Vaccination in Bombay 1902-1912 - 1902-1912
Year: 1902
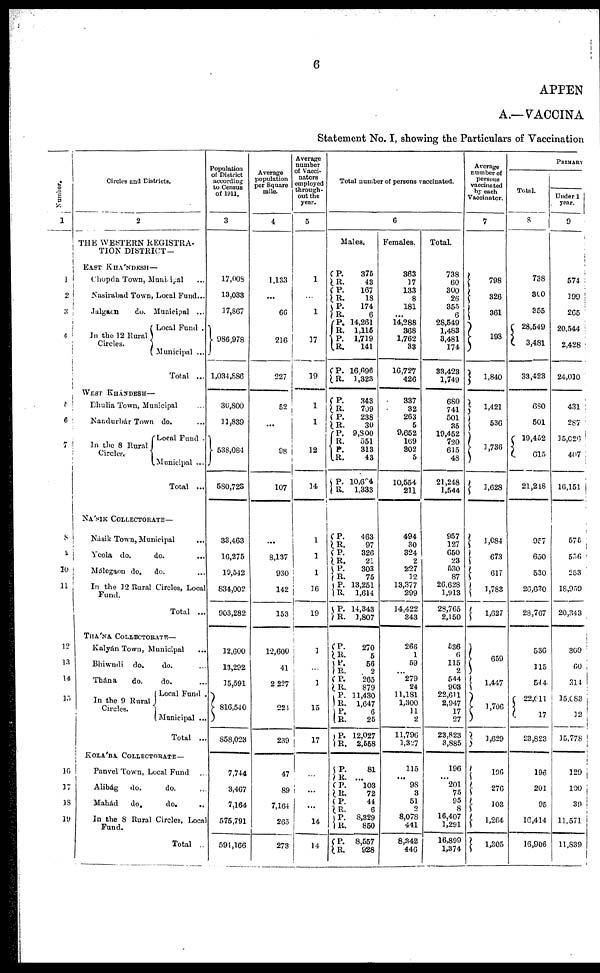
6
APPEN
A.—VACCINA
Statement No. I, showing the Particulars of Vaccination
Number.
1
1
2
3
4
5
6
7
8
9
10
11
12
13
14
15
16
17
18
19
Circles and Districts.
2
THE WESTERN REGISTRA¬
TION DISTRICT —
EAST KHÁNDESH—
Chopda Town, Municipal
Nasirabad Town, Local Fund...
Jalgaon
do. Municipal ...
In the 12 Rural
Circles.
Local Fund .
Municipal ...
Total ...
WEST KHÁNDESH—
Dhulia Town, Municipal ...
Nandurbár Town do. ...
In the 8 Rural
Circles.
Local Fund .
Municipal ...
Total ...
NÁSIK COLLECTORATE—
Násik Town, Municipal ...
Yeola do.
do. ...
Málegaon do.
do. ...
In the 12 Rural Circles, Local
Fund.
Total ...
THÁNA COLLECTORATE—
Kalyán Town, Municipal ...
Bhiwndi do.
do. ...
Thána
do.
do. ...
In the 9 Rural
Circles.
Local Fund .
Municipal ...
Total ...
KOLÁBA COLLECTORATE—
Panvel Town, Local Fund ...
Alibág
do.
do. ...
Mahád
do.
do. ...
In the 8 Rural Circles, Local
Fund.
Total ..
Population
of District
according
to Census
of 1911.
3
17,008
13,033
17,867
986,978
1,034,886
30,800
11,839
538,084
580,728
33,463
16,275
19,542
834,002
903,282
12,600
13,292
15,591
816,540
858,023
7,744
3,467
7,164
575,791
594,166
Average
population
per Square
mile.
4
1,133
...
66
216
227
52
...
98
107
...
8,137
930
142
153
12,600
41
2,227
224
239
47
89
7,164
265
273
Average
number
of Vacci¬
nators
employed
through-
out the
year.
5
1
...
1
17
19
1
1
12
14
1
1
1
16
19
1
...
1
15
17
...
...
...
14
14
Total number of persons vaccinated.
6
Males.
P.
R.
P.
R.
P.
R.
P.
R. P.
R.
R.
R.
375
43
167
18
174
6
14,261
1,115
1,719
141
16,696
1,323
P.
R. P.
R.
P. R.
P.
R.
P.
R.
343
709
238
30
9,800
551
313
43
10,604
1,333
P.
R.
P.
R.
P.
R.
P.
R.
P.
R.
463
97
326
21
303
75
13,251
1,614
14,343
1,807
P.
R.
P. R.
P.
R.
P.
R. P.
R.
P.
R.
270
5
56
2
265
879
11,430
1,647
6
25
12,027
2,558
P.
R.
P.
R.
P.
R.
P.
R.
P.
R.
81
...
103
72
44
6
8,329
850
8,557
928
Females.
363
17
133
8
181
...
14,288
368
1,762
33
16,727
426
337
32
263
5
9,652
169
302
5
10,554
211
494
30
324
2
227
12
13,377
299
14,422
343
266
1
59
... 279
24
11,181
1,300
11
2
11,796
1,327
115
... 98
3
51
2
8,078
441
8,342
446
Total.
738
60
300
26
355
6
28,549
1,483
3,481
174
33,423
1,749
680
741
501
35
19,452
720
615
48
21,248
1,544
957
127
650
23
530
87
26,628
1,913
28,765
2,150
536
6
115
2
544
903
22,611
2,947
17
27
23,823
3,885
196
... 201
75
95
8
16,407
1,291
16,899
1,374
Average
number of
persons
vaccinated
by each
Vaccinator.
7
798
326
361
198
1,840
1,421
536
1,736
1,628
1,084
673
617
1,783
1,627
659
1,447
1,706
1,629
196
276
103
1,264
1,305
PRIMARY
Total.
8
738
300
355
28,549
3,481
33,423
680
501
19,452
615
21,248
957
650
530
26,630
28,767
536
115
544
22,611
17
23,823
196
201
95
16,414
16,906
Under 1
year.
9
574
199
265
20,544
2,428
24,010
431
287
15,026
407
16,151
575
556
253
18,959
20,343
309
60
314
15,083
12
15,778
129
100
39
11,571
11,839